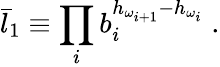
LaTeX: \bar{l}_{1}\equiv\prod_{i}b_{i}^{h_{\omega_{i+1}}-h_{\omega_{i}}}\; .